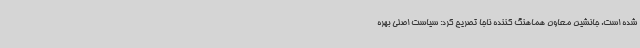
شده است. جانشین معاون هماهنگ کننده ناجا تصریح کرد: سیاست اصلی بهره